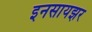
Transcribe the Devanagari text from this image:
इनसायझर